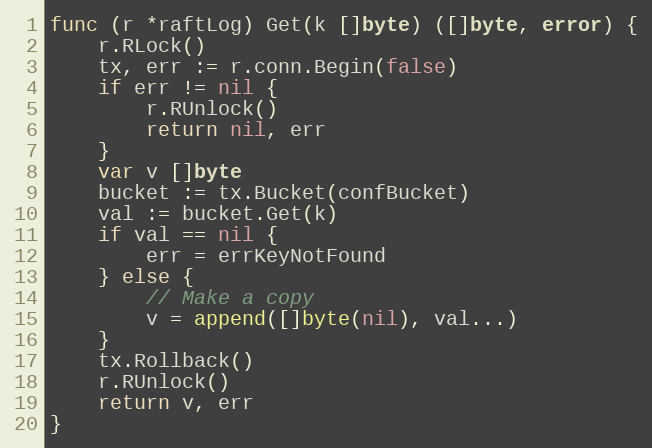
Language: Go
func (r *raftLog) Get(k []byte) ([]byte, error) {
	r.RLock()
	tx, err := r.conn.Begin(false)
	if err != nil {
		r.RUnlock()
		return nil, err
	}
	var v []byte
	bucket := tx.Bucket(confBucket)
	val := bucket.Get(k)
	if val == nil {
		err = errKeyNotFound
	} else {
		// Make a copy
		v = append([]byte(nil), val...)
	}
	tx.Rollback()
	r.RUnlock()
	return v, err
}